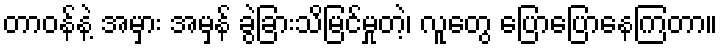
တာဝန်နဲ့ အမှား အမှန် ခွဲခြားသိမြင်မှုတဲ့၊ လူတွေ ပြောပြောနေကြတာ။